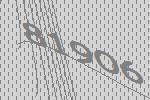
81906